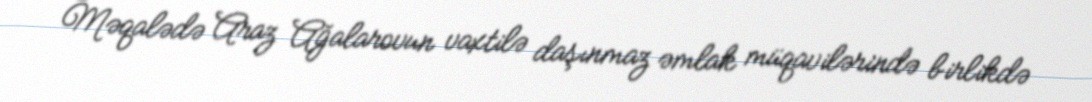
Məqalədə Araz Ağalarovun vaxtilə daşınmaz əmlak müqavilərində birlikdə